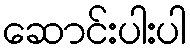
ဆောင်းပါးပါ